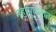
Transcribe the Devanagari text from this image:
महामुळतात